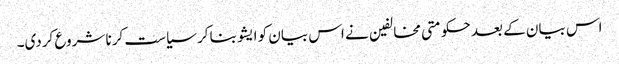
اس بیان کے بعد حکومتی مخالفین نے اس بیان کو ایشو بنا کر سیاست کرنا شروع کردی۔